Annual report of the Punjab Veterinary College and of the Civil Veterinary Department, Punjab - 1920-1925
Year: 1920
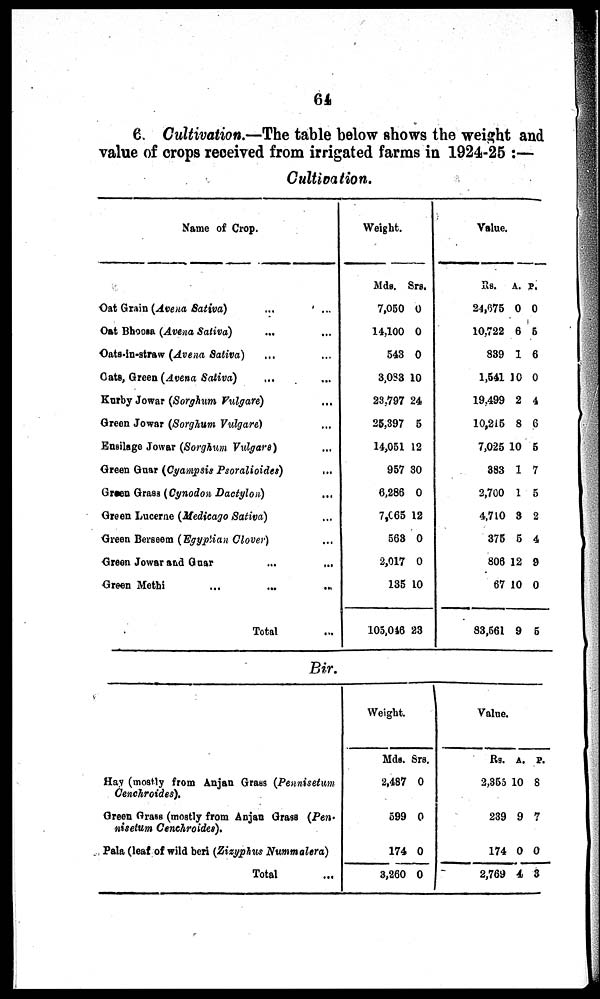
64
6. Cultivation.—The table below shows the weight and
value of crops received from irrigated farms in 1924-25 :—
Cultivation.
Name of Crop.
Oat Grain (Avtivena Saa) ...
Oat Bhoosa (Avena Saliva) ...
Oats-in-straw (Avena Sativa) ...
Oats, Green (Avena Sativa) ...
Kurby Jowar (Sorghum Vulgare)
Green Jowar (Sorghum Vulgare)
Ensilage Jowar (Sorghum Vulgare)
Green Guar (Cyampsis Psoralioides)
Green Grass (Cynodon Dactylon)
Green Lucerne (Medicago Sativa)
Green Berseem (Egyptian Clover)
Green Jowar and Guar
...
Green Methi ... ...
Total
...
...
...
...
...
...
...
...
...
...
...
...
...
...
Weight.
Mds. Srs.
7,050 0
14,100 0
543 0
3,083 10
23,797 24
25,397 5
14,051 12
957 30
6,286 0
7,065 12
563 0
2,017 0
135 10
105,046 23
Value.
Rs.
A. P.
24,675 0 0
10,722 6 5
839 1 6
1,541 10 0
19.499 2 4
10,215 8 6
7,025 10 5
383 1 7
2,700 1 5
4,710 3 2
375 5 4
806 12 9
67 10 0
83,561 9 5
Bir.
Hay (mostly from Anjan Grass (Pennisetum
Cenchroides).
Green Grass (mostly from Anjan Grass (Pen-
nisetum Cenchroides).
Pala (leaf of wild beri (Zizyphus Nummalera)
Total ...
Weight.
Mds. Srs.
2,487 0
599 0
174 0
3,260 0
Value.
Rs. A. P.
2,355 10 8
239 9 7
174 0 0
2,769 4 3